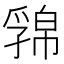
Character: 𢅁